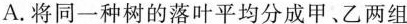
A.将同一种树的落叶平均分成甲、乙两组